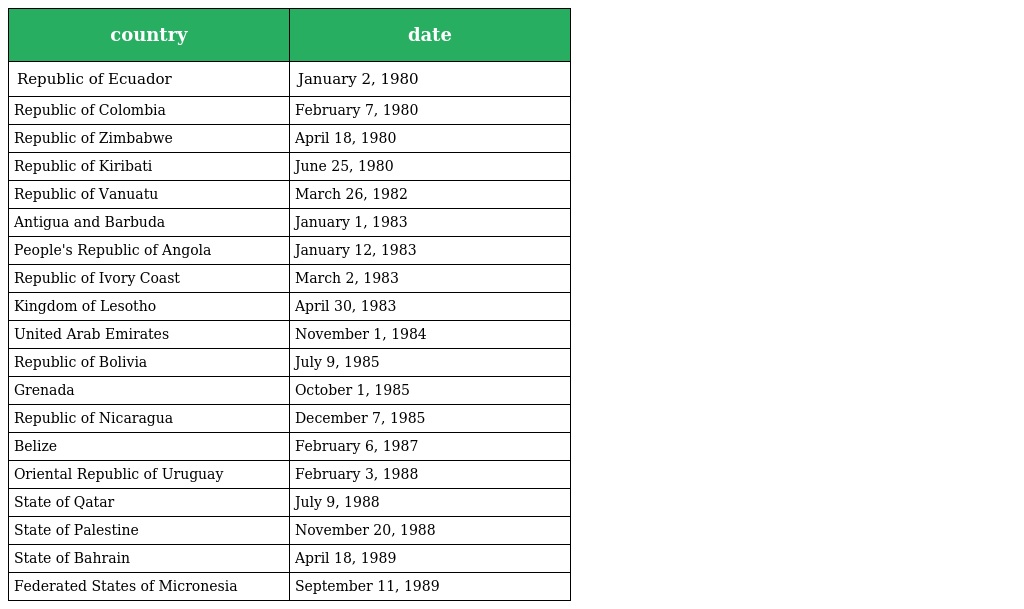
| country | date |
 | --- | --- |
 | Republic of Ecuador | January 2, 1980 |
 | Republic of Colombia | February 7, 1980 |
 | Republic of Zimbabwe | April 18, 1980 |
 | Republic of Kiribati | June 25, 1980 |
 | Republic of Vanuatu | March 26, 1982 |
 | Antigua and Barbuda | January 1, 1983 |
 | People's Republic of Angola | January 12, 1983 |
 | Republic of Ivory Coast | March 2, 1983 |
 | Kingdom of Lesotho | April 30, 1983 |
 | United Arab Emirates | November 1, 1984 |
 | Republic of Bolivia | July 9, 1985 |
 | Grenada | October 1, 1985 |
 | Republic of Nicaragua | December 7, 1985 |
 | Belize | February 6, 1987 |
 | Oriental Republic of Uruguay | February 3, 1988 |
 | State of Qatar | July 9, 1988 |
 | State of Palestine | November 20, 1988 |
 | State of Bahrain | April 18, 1989 |
 | Federated States of Micronesia | September 11, 1989 |